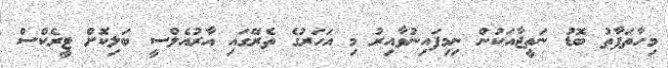
މިހާތަފާތު ބޮޑު ނަތީޖާއަކުން ނިމިފައިނުވާއިރު މި އަހަރުގެ ތެރޭގައި އާރުއެލްސީ ބަލިކޮށް ޓީރެކްސް